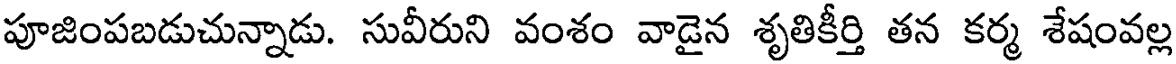
పూజింపబడుచున్నాడు. సువీరుని వంశం వాడైన శృతికీర్తి తన కర్మ శేషంవల్ల